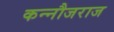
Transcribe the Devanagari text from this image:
कन्नौजराज